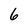
Character: 6